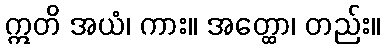
ဣတိ အယံ၊ ကား။ အတ္ထော၊ တည်း။